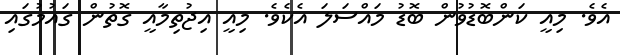
އެވެ. މިއީ ކަންބޮޑުވުން ބޮޑު މައްސަލަ އެކެވެ. މިއީ އިޖުތިމާއީ ގޮތުން ގައުމުގައި